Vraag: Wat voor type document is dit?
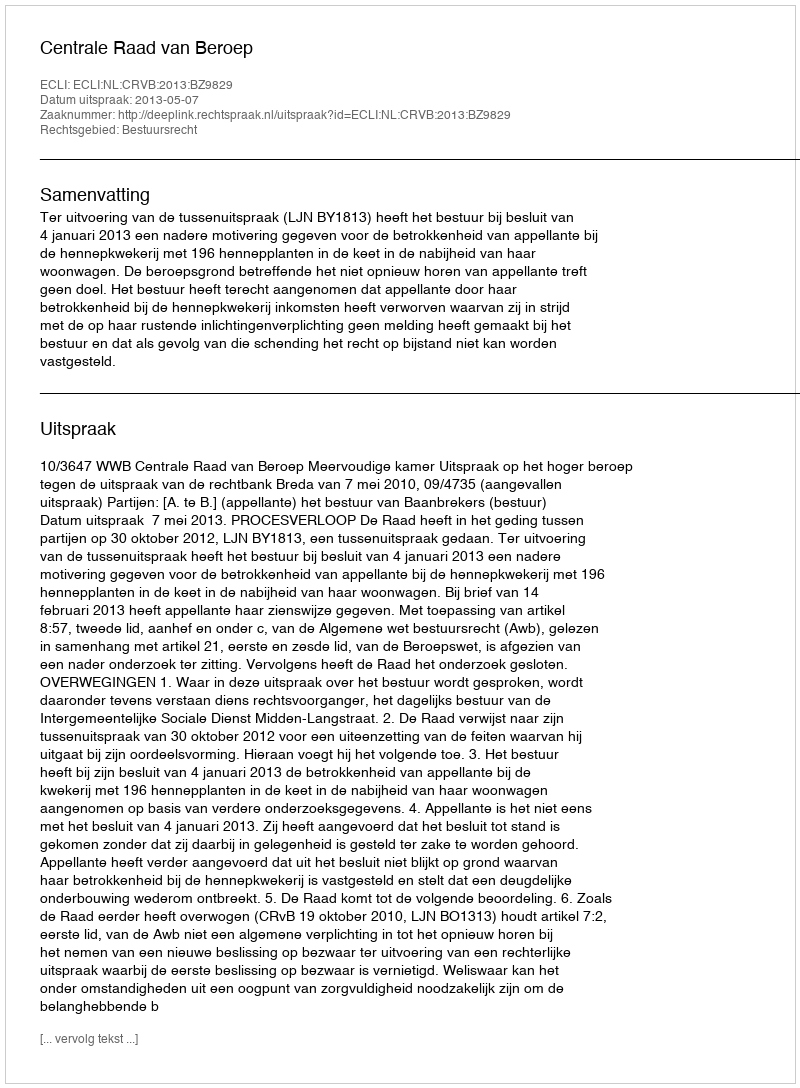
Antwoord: Uitspraak